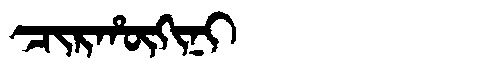
Manchu: ᠴᡳᡵᡥᡡᡴᡳᠨᡳ
Romanization: CIRHŪKINI